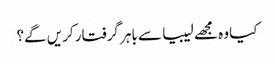
کیا وہ مجھے لیبیا سے باہر گرفتار کریں گے؟